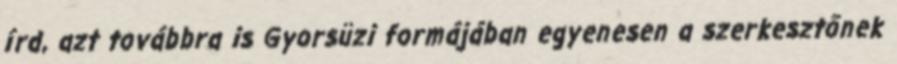
írd, azt továbbra is Gyorsüzi formájában egyenesen a szerkesztőnek